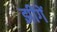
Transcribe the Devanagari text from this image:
झींगें